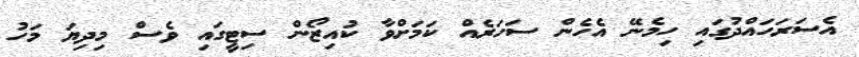
އެސަރަހައްދުގައި ހިމެނޭ އެހެން ސަހަރެއް ކަމަށްވާ ކުއިޒޯން ސިޓީގައި ވެސް މިދިޔަ މަހު